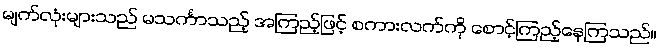
မျက်လုံးများသည် မသင်္ကာသည့် အကြည့်ဖြင့် စကားလက်ကို စောင့်ကြည့်နေကြသည်။